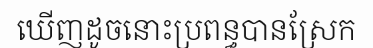
ឃើញដូចនោះប្រពន្ធបានស្រែក